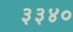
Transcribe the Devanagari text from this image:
३३४०